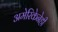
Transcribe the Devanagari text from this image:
अमेरिकेनेही